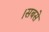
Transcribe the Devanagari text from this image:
।सबसे